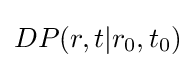
DP(r,t|r_{0},t_{0})